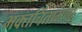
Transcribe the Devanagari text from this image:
भक्तचिंतामणी